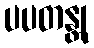
ပပတန္တု